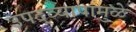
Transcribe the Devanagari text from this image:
उपद्‌व्यापामुळे